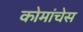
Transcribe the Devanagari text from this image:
कोमांचेस